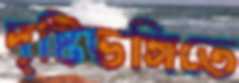
দৃষ্টিভঙ্গিতে